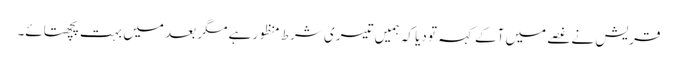
قریش نے غصے میں آکے کہہ تو دیا کہ ہمیں تیسری شرط منظور ہے مگر بعد میں بہت پچھتائے۔